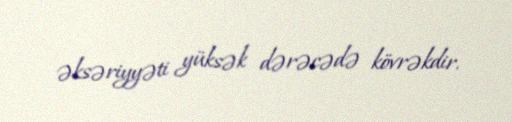
əksəriyyəti yüksək dərəcədə kövrəkdir.